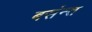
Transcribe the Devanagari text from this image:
बसंन्त